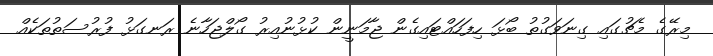
މިރޭގެ މެޗުގައި ގިނަވަގުތު ބޯޅަ ހިފަހައްޓައިގެން ޖާމަނީން ކުޅުނުއިރު ގޯލްޖަހާނެ ރަނގަޅު ފުރުސަތުތަކެއް